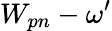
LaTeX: W_{pn}-\omega^{\prime}